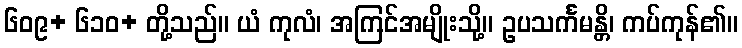
၆၀၉+ ၆၁၀+ တို့သည်။ ယံ ကုလံ၊ အကြင်အမျိုးသို့။ ဥပသင်္ကမန္တိ၊ ကပ်ကုန်၏။